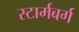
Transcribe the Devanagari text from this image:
स्टार्मबर्ग